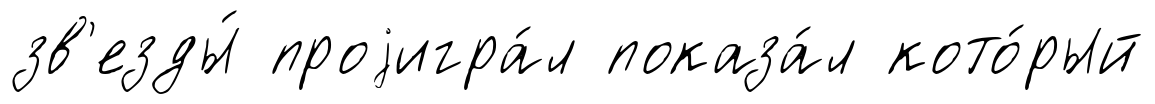
зв'езды́ проjигра́л показа́л кото́рый